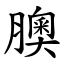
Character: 䐿